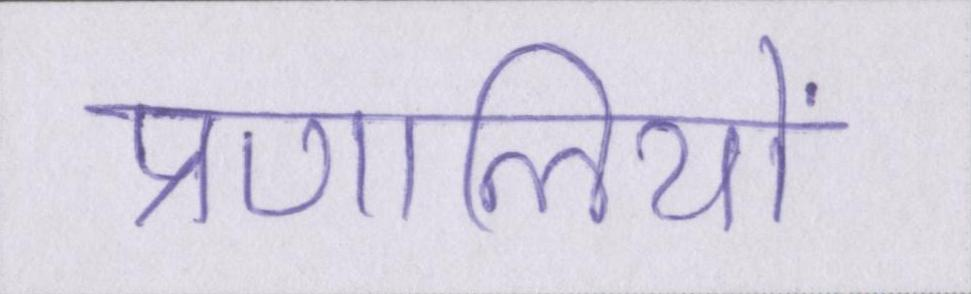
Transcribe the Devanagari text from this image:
प्रणालियों